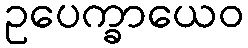
ဥပေက္ခာယေဝ